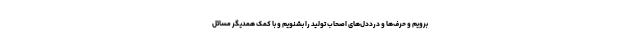
برویم و حرف‌ها و درددل‌های اصحاب تولید را بشنویم و با کمک همدیگر مسائل